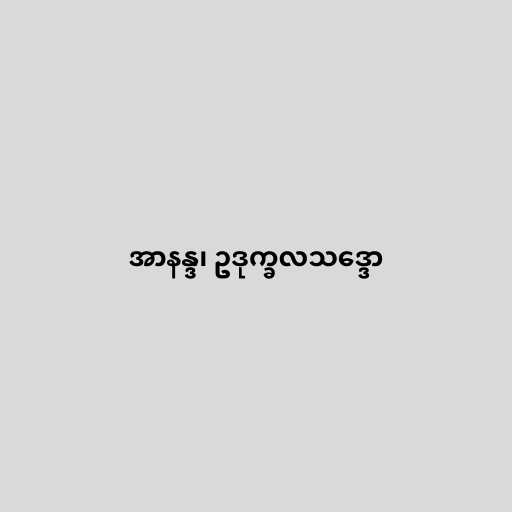
အာနန္ဒ၊ ဥဒုက္ခလသဒ္ဒော